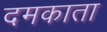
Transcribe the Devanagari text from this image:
दमकाता